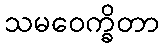
သမဝေက္ခိတာ